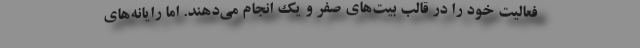
فعالیت خود را در قالب بیت‌های صفر و یک انجام می‌دهند. اما رایانه‌های